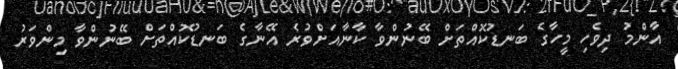
އާންމު ދިވެހި މީހާގެ ބަނޑުކޮއްތަށް ބޭނުންވާ ކާނާއަށްވުރެ އޭނާގެ ބަނޑުކޮއްތަށް ބޭނުންވާ މިންވަރު